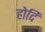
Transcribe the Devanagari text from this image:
होदि